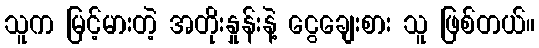
သူက မြင့်မားတဲ့ အတိုးနှုန်းနဲ့ ငွေချေးစား သူ ဖြစ်တယ်။